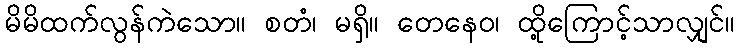
မိမိထက်လွန်ကဲသော။ စတံ၊ မရှိ။ တေနေဝ၊ ထို့ကြောင့်သာလျှင်။